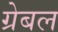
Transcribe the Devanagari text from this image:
ग्रेबल